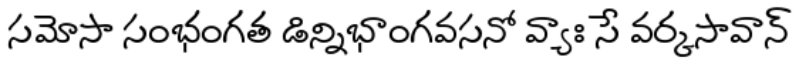
సమోసా సంభంగత డిన్నిభాంగవసనో వ్యాః సే వర్కసావాన్